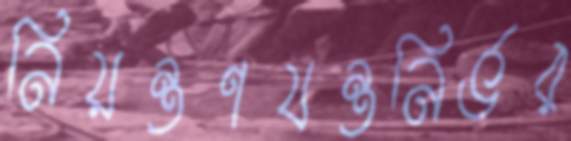
নিয়ন্ত্রণযন্ত্রনির্ভর